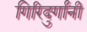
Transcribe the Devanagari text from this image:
गिरिदुर्गांनी